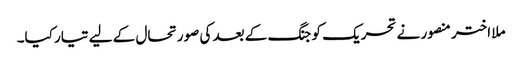
ملا اختر منصور نے تحریک کو جنگ کے بعد کی صورتحال کے لیے تیار کیا۔